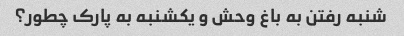
شنبه رفتن به باغ وحش و یکشنبه به پارک چطور؟